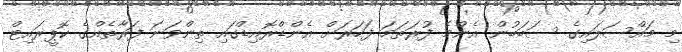
މި މައްސަލައިގެ ސަބަބުން އެންމެ ފުރަތަމަ ފަހަރަށް އެންޑްރޮއިޑްގައި ތިންވަނަ ފަރާތެއްގެ ކޮޕީރައިޓް